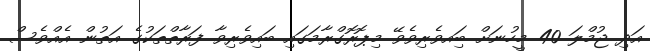
އަދި ޖުމްލަ 40 މީހުނަަށް ބަިއވެރިވެވޭ މިޕޮރޮގްރާމަގައި ބައިވެރިވާ ފަރާތްތަކުގެ އަތުން އެއްވެސް